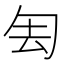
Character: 𠣗